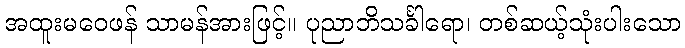
အထူးမဝေဖန် သာမန်အားဖြင့်။ ပုညာဘိသင်္ခါရော၊ တစ်ဆယ့်သုံးပါးသော